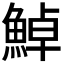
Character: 𩷹